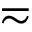
\eqsim